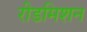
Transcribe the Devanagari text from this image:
रीडमिशन